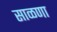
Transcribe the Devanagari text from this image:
साळणा